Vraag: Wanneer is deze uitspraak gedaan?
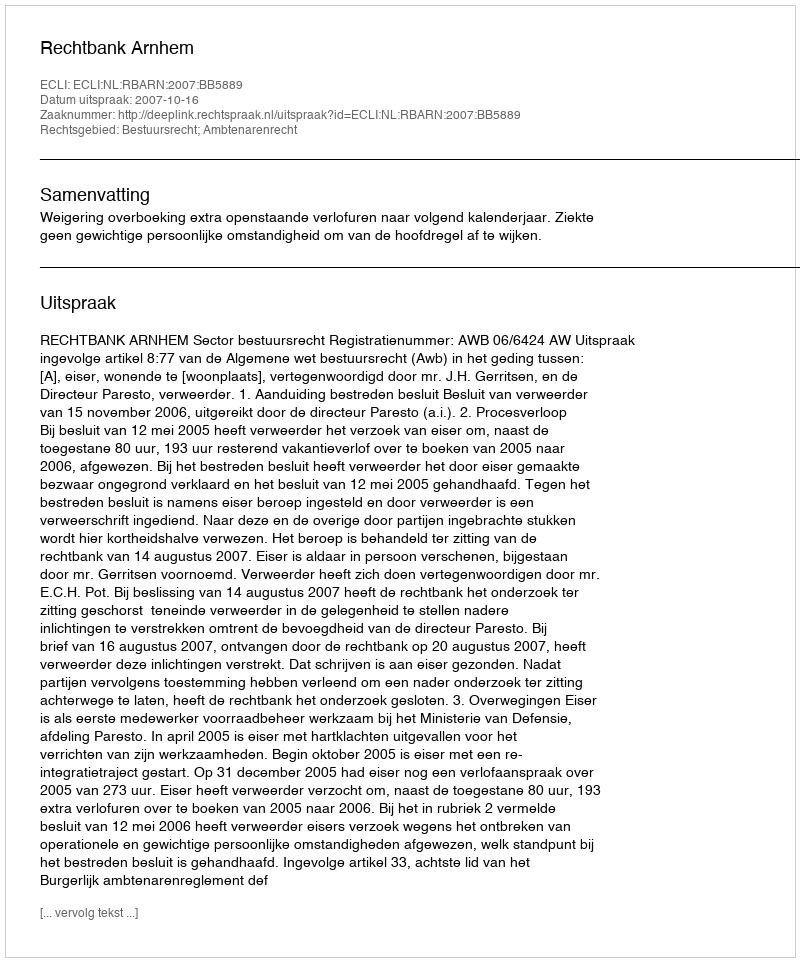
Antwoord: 2007-10-16